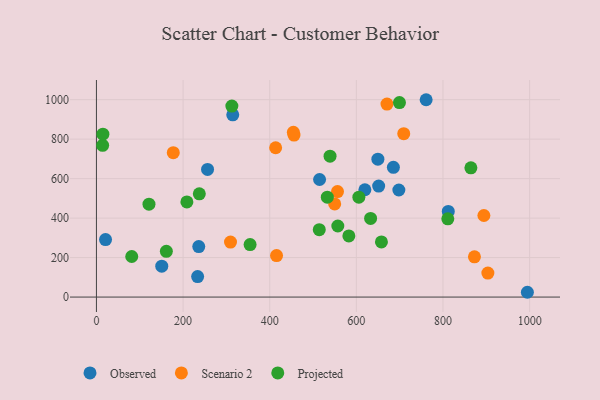
{"axis": {"x": "Ad Spend", "y": "Profit"}, "legend": ["Observed", "Projected", "Scenario 2"], "data": [{"x": "314.7", "y": 923.1, "type": "Observed"}, {"x": "685.5", "y": 657.5, "type": "Observed"}, {"x": "21.0", "y": 291.3, "type": "Observed"}, {"x": "649.7", "y": 698.6, "type": "Observed"}, {"x": "698.1", "y": 542.4, "type": "Observed"}, {"x": "619.7", "y": 543.6, "type": "Observed"}, {"x": "812.2", "y": 434.1, "type": "Observed"}, {"x": "150.8", "y": 156.3, "type": "Observed"}, {"x": "236.2", "y": 255.7, "type": "Observed"}, {"x": "233.6", "y": 103.7, "type": "Observed"}, {"x": "256.5", "y": 646.5, "type": "Observed"}, {"x": "994.8", "y": 24.3, "type": "Observed"}, {"x": "651.5", "y": 562.4, "type": "Observed"}, {"x": "515.1", "y": 595.6, "type": "Observed"}, {"x": "761.1", "y": 999.7, "type": "Observed"}, {"x": "177.4", "y": 731.6, "type": "Scenario 2"}, {"x": "550.0", "y": 472.0, "type": "Scenario 2"}, {"x": "894.4", "y": 413.2, "type": "Scenario 2"}, {"x": "872.6", "y": 203.7, "type": "Scenario 2"}, {"x": "309.5", "y": 278.7, "type": "Scenario 2"}, {"x": "415.8", "y": 210.4, "type": "Scenario 2"}, {"x": "903.6", "y": 121.4, "type": "Scenario 2"}, {"x": "709.4", "y": 827.6, "type": "Scenario 2"}, {"x": "456.1", "y": 820.5, "type": "Scenario 2"}, {"x": "454.6", "y": 834.6, "type": "Scenario 2"}, {"x": "556.5", "y": 534.2, "type": "Scenario 2"}, {"x": "670.7", "y": 977.7, "type": "Scenario 2"}, {"x": "413.7", "y": 756.4, "type": "Scenario 2"}, {"x": "632.9", "y": 398.6, "type": "Projected"}, {"x": "539.3", "y": 713.8, "type": "Projected"}, {"x": "533.0", "y": 506.2, "type": "Projected"}, {"x": "657.9", "y": 279.4, "type": "Projected"}, {"x": "864.4", "y": 654.7, "type": "Projected"}, {"x": "354.7", "y": 266.0, "type": "Projected"}, {"x": "514.4", "y": 341.4, "type": "Projected"}, {"x": "699.5", "y": 985.4, "type": "Projected"}, {"x": "811.1", "y": 396.4, "type": "Projected"}, {"x": "14.3", "y": 768.8, "type": "Projected"}, {"x": "14.9", "y": 825.1, "type": "Projected"}, {"x": "312.6", "y": 967.3, "type": "Projected"}, {"x": "605.8", "y": 505.8, "type": "Projected"}, {"x": "121.3", "y": 470.5, "type": "Projected"}, {"x": "557.2", "y": 360.0, "type": "Projected"}, {"x": "582.7", "y": 309.9, "type": "Projected"}, {"x": "237.5", "y": 522.8, "type": "Projected"}, {"x": "161.4", "y": 231.9, "type": "Projected"}, {"x": "208.8", "y": 482.0, "type": "Projected"}, {"x": "81.5", "y": 205.5, "type": "Projected"}]}